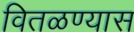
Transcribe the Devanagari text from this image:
वितळण्यास